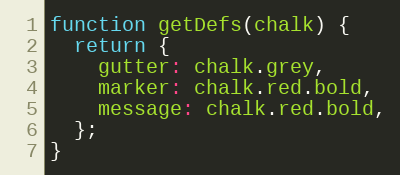
Language: JavaScript
function getDefs(chalk) {
  return {
    gutter: chalk.grey,
    marker: chalk.red.bold,
    message: chalk.red.bold,
  };
}